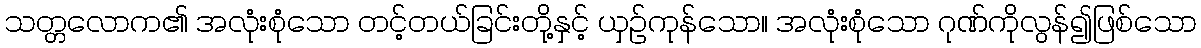
သတ္တလောက၏ အလုံးစုံသော တင့်တယ်ခြင်းတို့နှင့် ယှဉ်ကုန်သော။ အလုံးစုံသော ဂုဏ်ကိုလွန်၍ဖြစ်သော